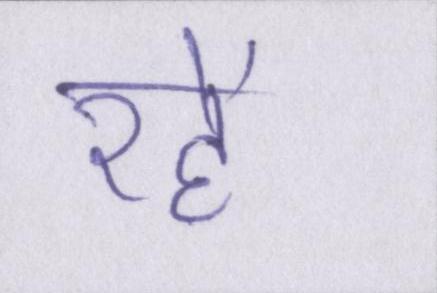
रहें